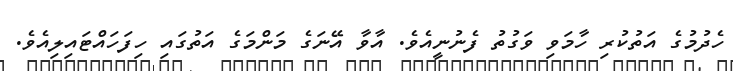
ހެދުމުގެ އަތުކުރި ހާމަވި ވަގުތު ފެނުނީއެވެ. އާވާ އޭނަގެ މަންމަގެ އަތުގައި ހިފަހައްޓައިލިއެވެ.